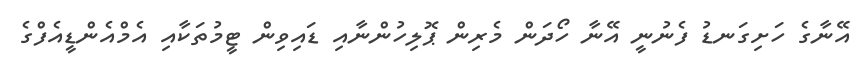
އޭނާގެ ހަށިގަނޑު ފެނުނީ އޭނާ ހޯދަން މެރިން ޕޮލިހުންނާއި ޑައިވިން ޓީމުތަކާއި އެމްއެންޑީއެފްގެ